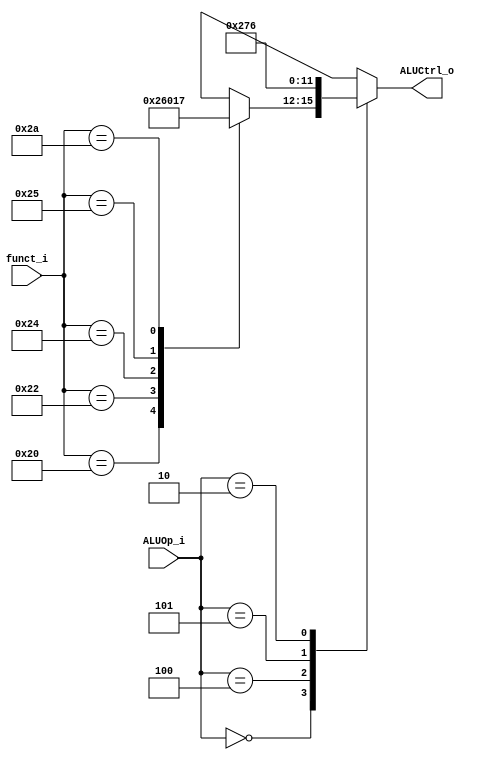
//Subject:     CO project 2 - ALU Controller
//109550134
//--------------------------------------------------------------------------------
//Version:     1
//--------------------------------------------------------------------------------
//Writer:      
//----------------------------------------------
//Date:        
//----------------------------------------------
//Description: 
//--------------------------------------------------------------------------------

module ALU_Ctrl(
          funct_i,
          ALUOp_i,
          ALUCtrl_o
          );
          
//I/O ports 
input      [6-1:0] funct_i;
input      [3-1:0] ALUOp_i;

output     [4-1:0] ALUCtrl_o;    
     
//Internal Signals
reg        [4-1:0] ALUCtrl_o;

//Parameter

       
//Select exact operation
always@(*)begin
    case(ALUOp_i)
        'b000:begin//R -format 
            case(funct_i)
                'b100000:  ALUCtrl_o <= 'b0010;//add
                'b100010:  ALUCtrl_o <= 'b0110;//sub
                'b100100:  ALUCtrl_o <= 'b0000;//and
                'b100101:  ALUCtrl_o <= 'b0001;//or
                'b101010:  ALUCtrl_o <= 'b0111;//slt
                default: ALUCtrl_o <= 'bxxxx;
            endcase
        end
        'b100:begin//addi lw sw
            ALUCtrl_o <= 'b0010;
        end
        'b101:begin//slti
            ALUCtrl_o <= 'b0111;
        end
        'b010:begin//beq
            ALUCtrl_o <= 'b0110;
        end
        default :  ALUCtrl_o <= 'bxxxx;
    endcase
end
endmodule